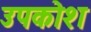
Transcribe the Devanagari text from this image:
उपकोश